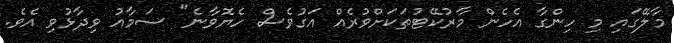
މާލޭގައި މި ހިންގާ އެހެން މާރުކޭޓުތަކަށްވުރެއް އަގުވެސް ހެޔޮވާނެ" ސަމާއު ވިދާޅުވި އެވެ.